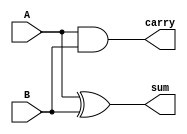
`timescale 1ns / 1ps
//////////////////////////////////////////////////////////////////////////////////
// Company: 
// Engineer: 
// 
// Design Name: 
// Module Name:    B160_half_adder 
// Project Name: 
// Target Devices: 
// Tool versions: 
// Description: 
//
// Dependencies: 
//
// Revision: 
// Revision 0.01 - File Created
// Additional Comments: 
//
//////////////////////////////////////////////////////////////////////////////////
module half_adder(
    input A,
    input B,
    output sum,
    output carry
    );

assign sum   = A ^ B;	// traditional start for addition circuit
assign carry = A & B;

endmodule